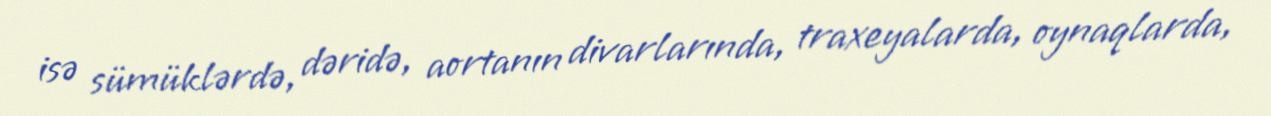
isə sümüklərdə, dəridə, aortanın divarlarında, traxeyalarda, oynaqlarda,